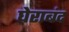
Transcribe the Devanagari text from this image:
घेराबंद